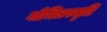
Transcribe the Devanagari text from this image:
गोभिलस्मृति